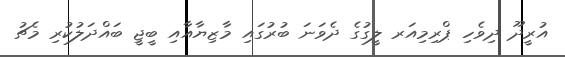
އުރީދޫ ދިވެހި ޕްރިމިއަރ ލީގުގެ ދެވަނަ ބުރުގައި މާޒިޔާއާއި ބީޖީ ބައްދަލުކުރި މެޗު